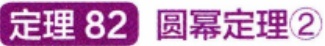
定理 82 圆幂定理\textcircled{2}